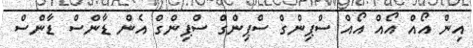
އިން އޯއް އޯއް އޯއް ސްޕިންގް ސްޕިންގް ސްޕިންގް އެން ޑާންސް ޑާންސް